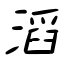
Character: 滔